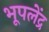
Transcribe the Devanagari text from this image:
भूपलेंद्र